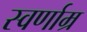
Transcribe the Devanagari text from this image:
स्वर्णाम्र